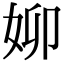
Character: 㚹